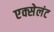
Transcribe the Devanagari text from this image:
एक्सेलंट